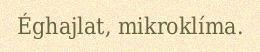
Éghajlat, mikroklíma.